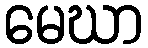
မေဃာ